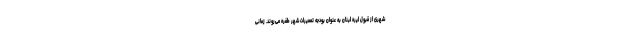
شهری از قبول لیره لبنان به عنوان بودجه تعمیرات شهر طفره می‌روند. زمانی